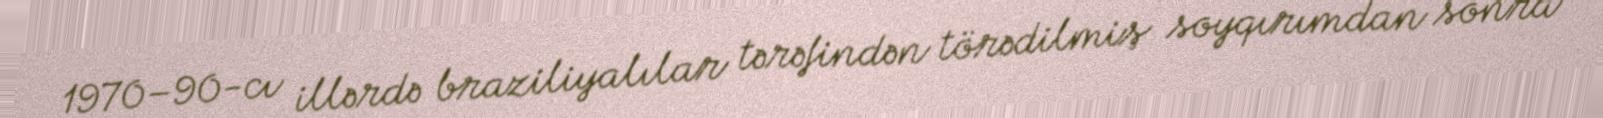
1970–90-cı illərdə braziliyalılar tərəfindən törədilmiş soyqırımdan sonra